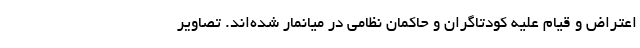
اعتراض و قیام علیه کودتاگران و حاکمان نظامی در میانمار شده‌اند. تصاویر